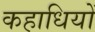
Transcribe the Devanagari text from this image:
कहाधियों